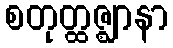
စတုတ္ထဇ္ဈာနာ